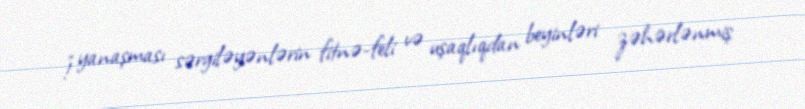
!” yanaşması sərgiləyənlərin fitnə-feli və uşaqlıqdan beyinləri zəhərlənmiş